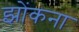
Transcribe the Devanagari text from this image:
झोंकना